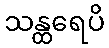
သန္ထရေပိ